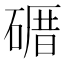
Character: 𥕉